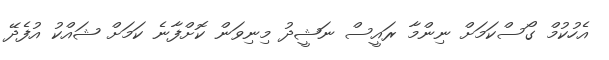
އެހުކުމް ގޯސްކަމަށް ނިންމާ ރައީސް ނަޝީދު މިނިވަން ކޮށްފާނެ ކަމަށް ޝައްކު އުފެދޭ